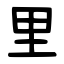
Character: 里